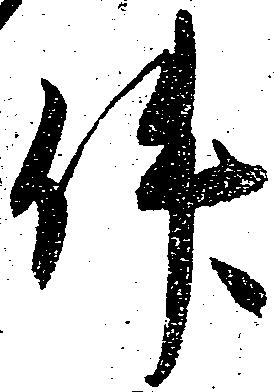
件